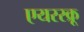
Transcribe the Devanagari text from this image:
एयरस्क्रू